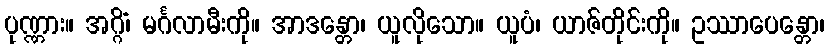
ပုဏ္ဏား။ အဂ္ဂိံ၊ မင်္ဂလာမီးကို။ အာဒန္တော၊ ယူလိုသော။ ယူပံ၊ ယာဇ်တိုင်းကို။ ဥဿာပေန္တော၊